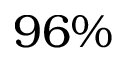
9 6 \%